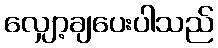
လျှော့ချပေးပါသည်